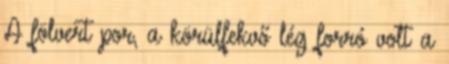
A fölvert por, a körülfekvő lég forró volt a